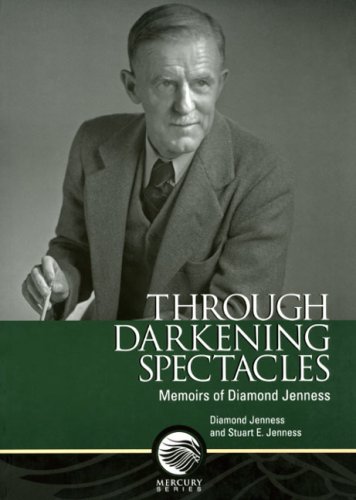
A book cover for Through Darkening Spectacles: Memoirs of Diamond Jenness (Mercury Series); Diamond Jenness; Biographies & Memoirs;